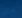
مثل